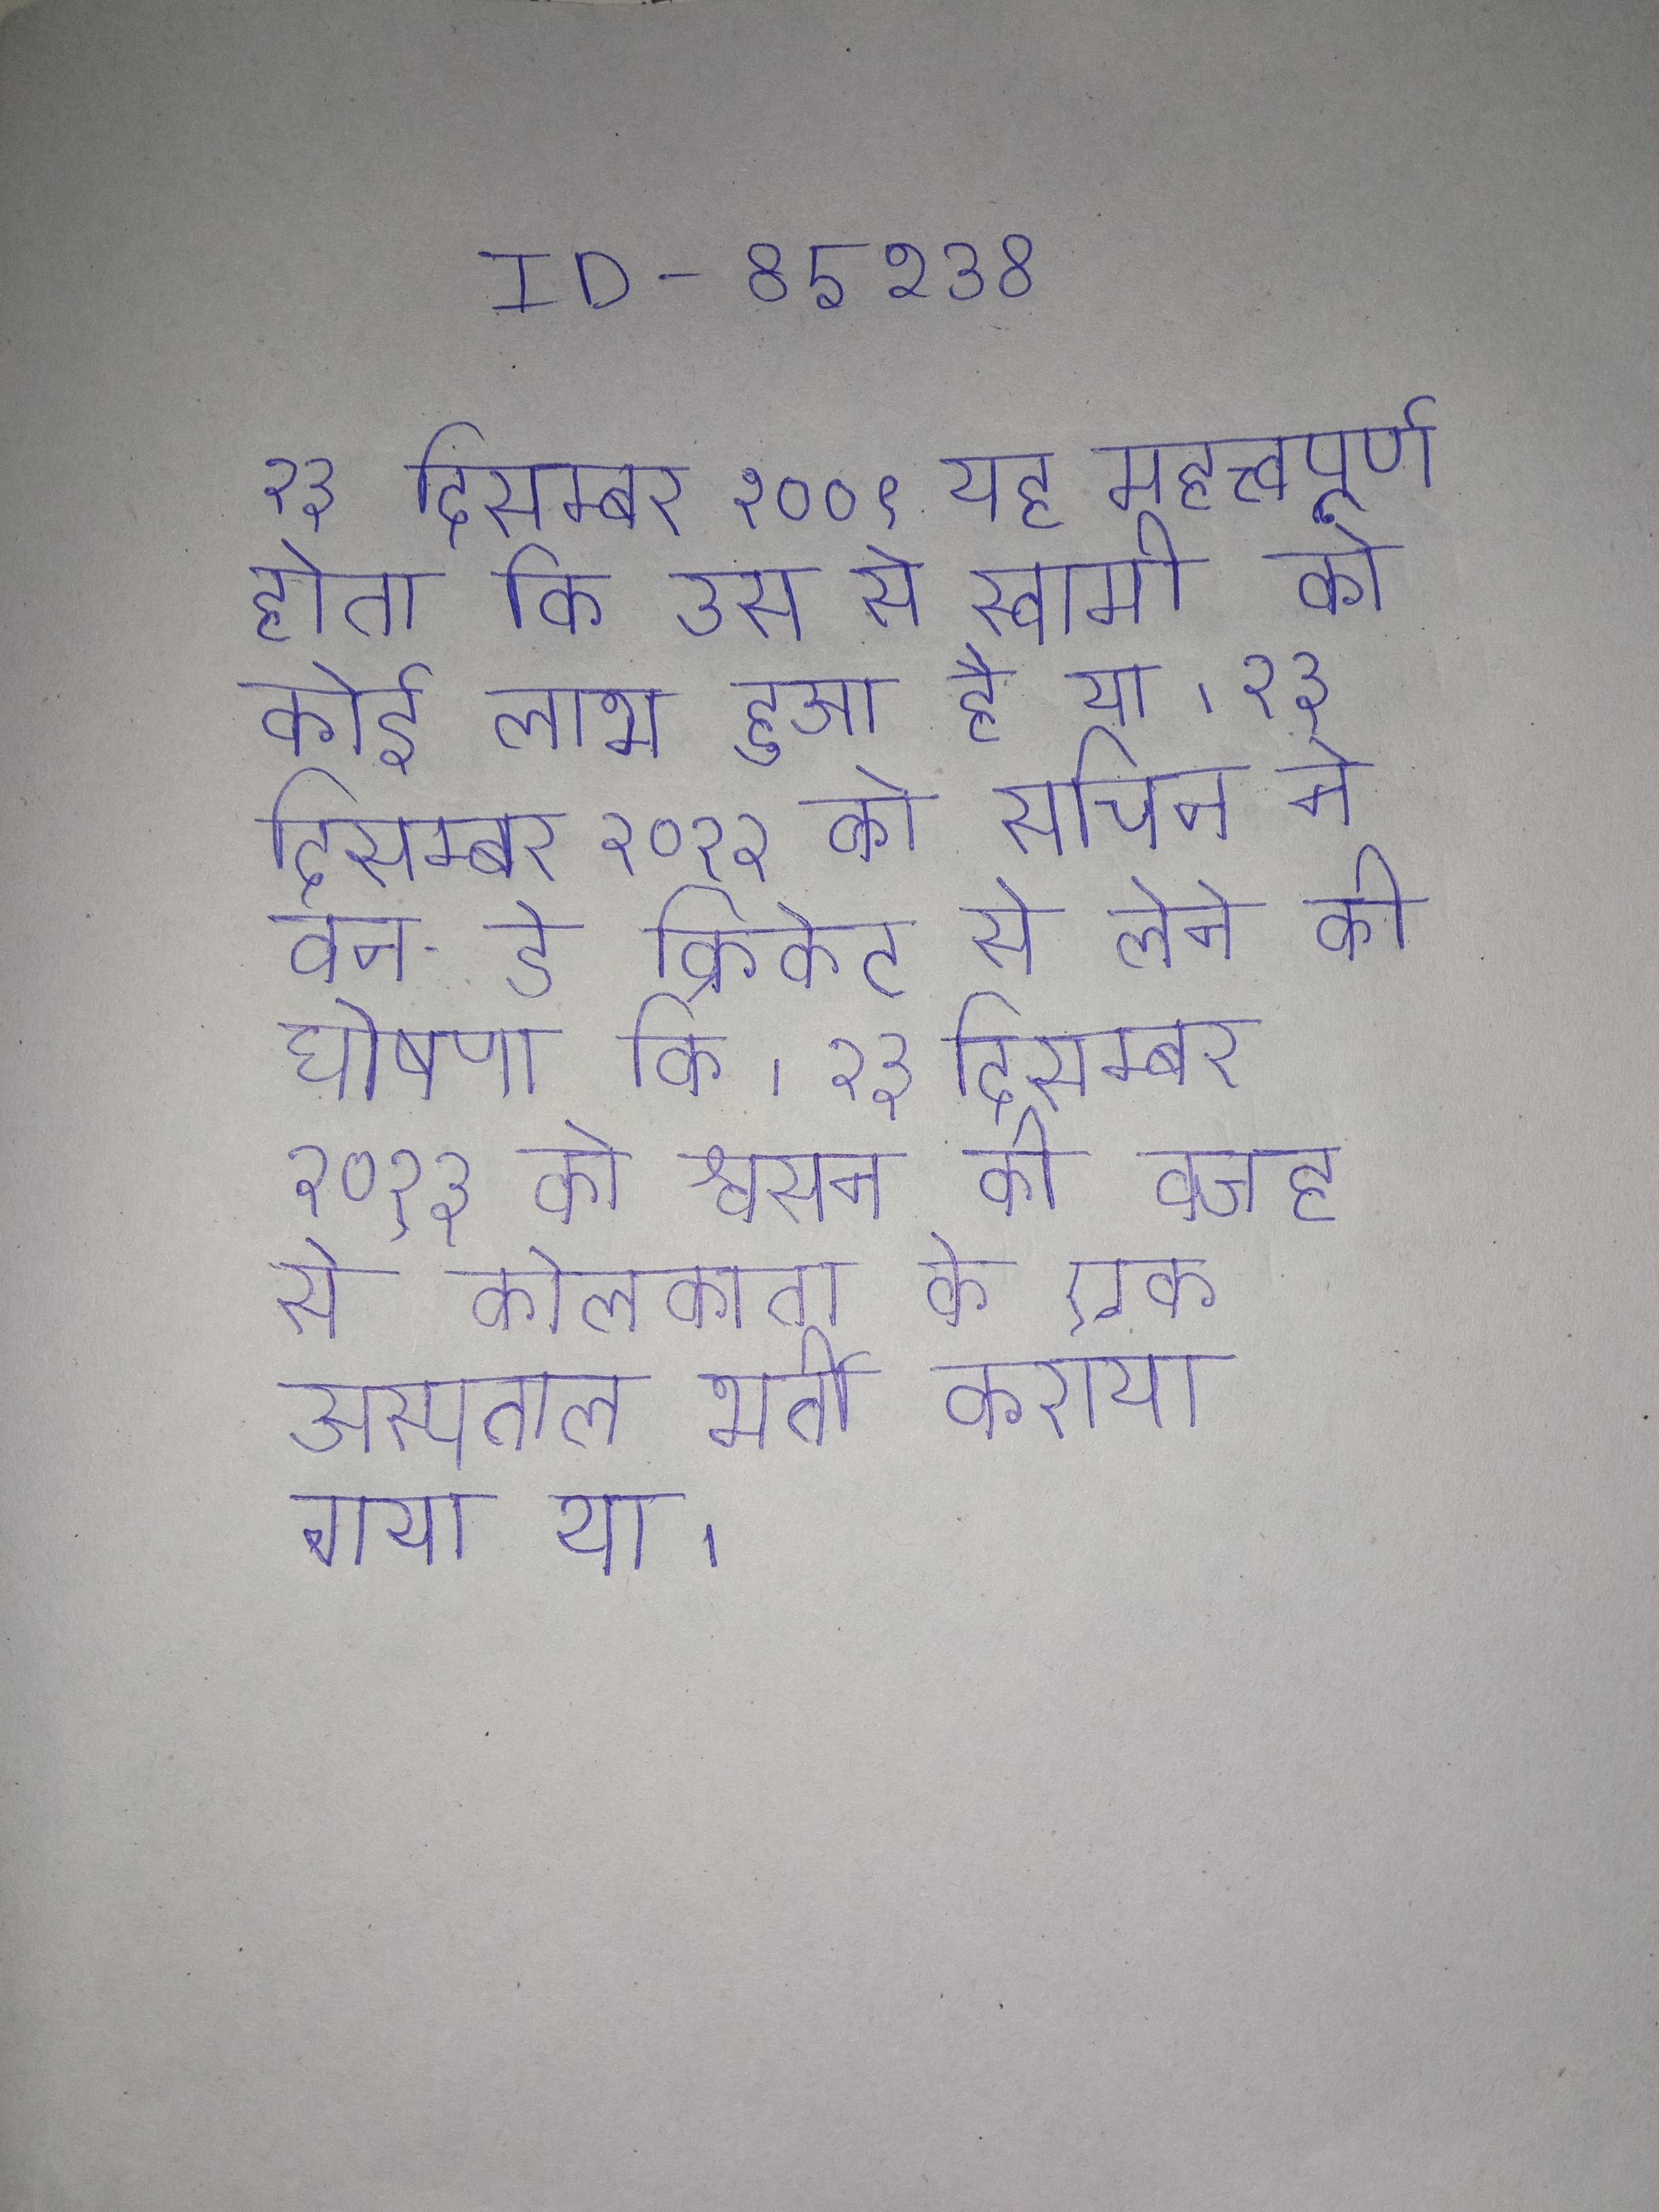
२३ दिसम्बर २००९ यह महत्त्वपूर्ण होता कि उस से स्वामी को कोई लाभ हुआ है या । २३ दिसम्बर २०१२ को सचिन ने वन-डे क्रिकेट से लेने की घोषणा कि । २३ दिसम्बर २०१३ को श्वसन की वजह से कोलकाता के एक अस्पताल भर्ती कराया गया था ।